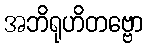
အဘိရုဟိတဗ္ဗော